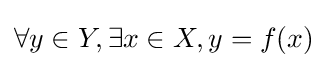
\forall y\in Y,\exists x\in X,y=f(x)